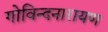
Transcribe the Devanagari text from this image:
गोविन्दनारायण